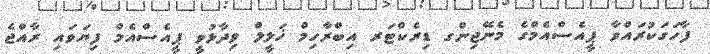
ފާހަގަކުރައްވާ ޕީއެސްއެމްގެ މެނޭޖިންގ ޑިރެކްޓަރ އިބްރާހިމް ޚަލީލް ވިދާޅުވީ ޕީއެސްއެމް ފިޔަވައި ރާއްޖެ